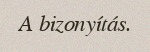
A bizonyítás.